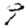
Digit: 9